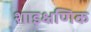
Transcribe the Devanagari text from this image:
शाइक्षणिक